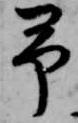
予